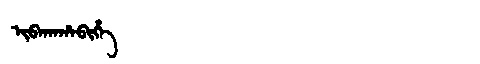
Manchu: ᡳᠪᠠᡴᠠᡥᠠᠪᡳᡥᡝ
Romanization: IBAKAHABIHE